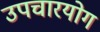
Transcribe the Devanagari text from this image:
उपचारयोग